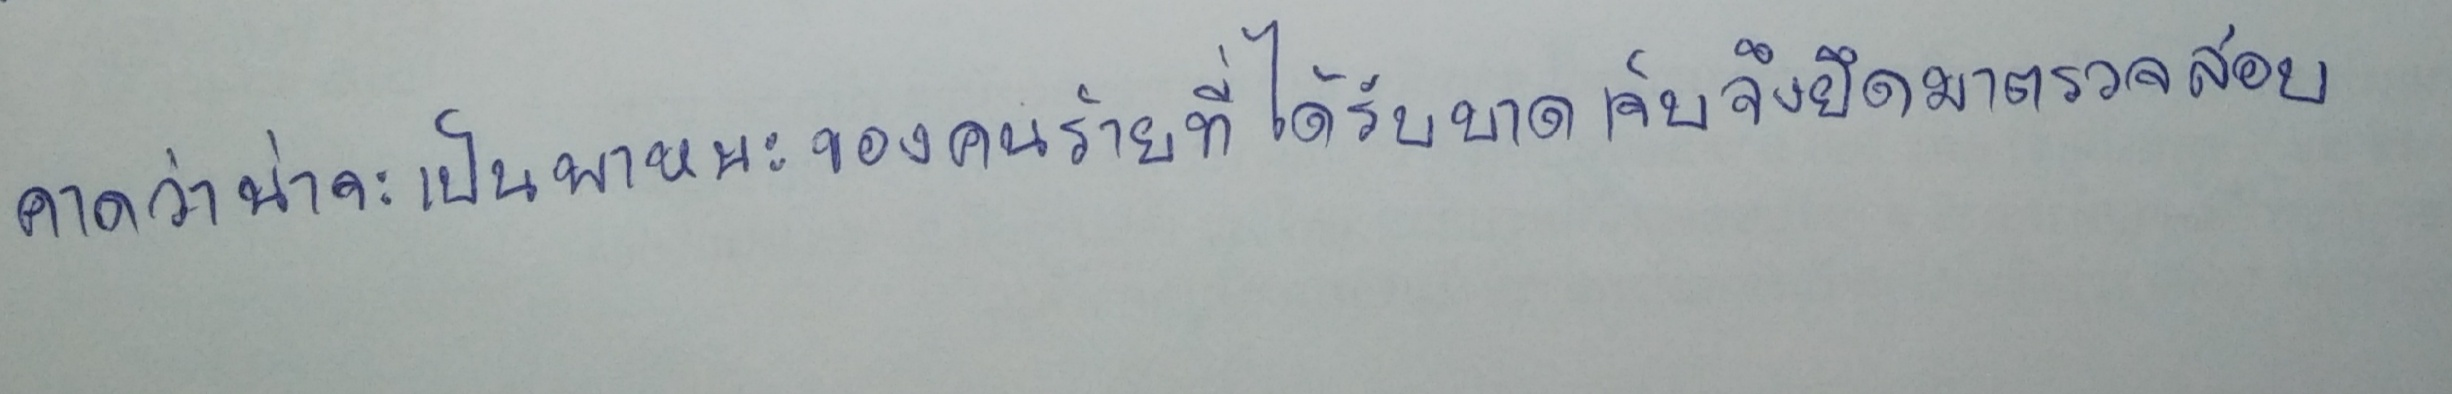
คาดว่าน่าจะเป็นพาหนะของคนร้ายที่ได้รับบาดเจ็บจึงยึดมาตรวจสอบ